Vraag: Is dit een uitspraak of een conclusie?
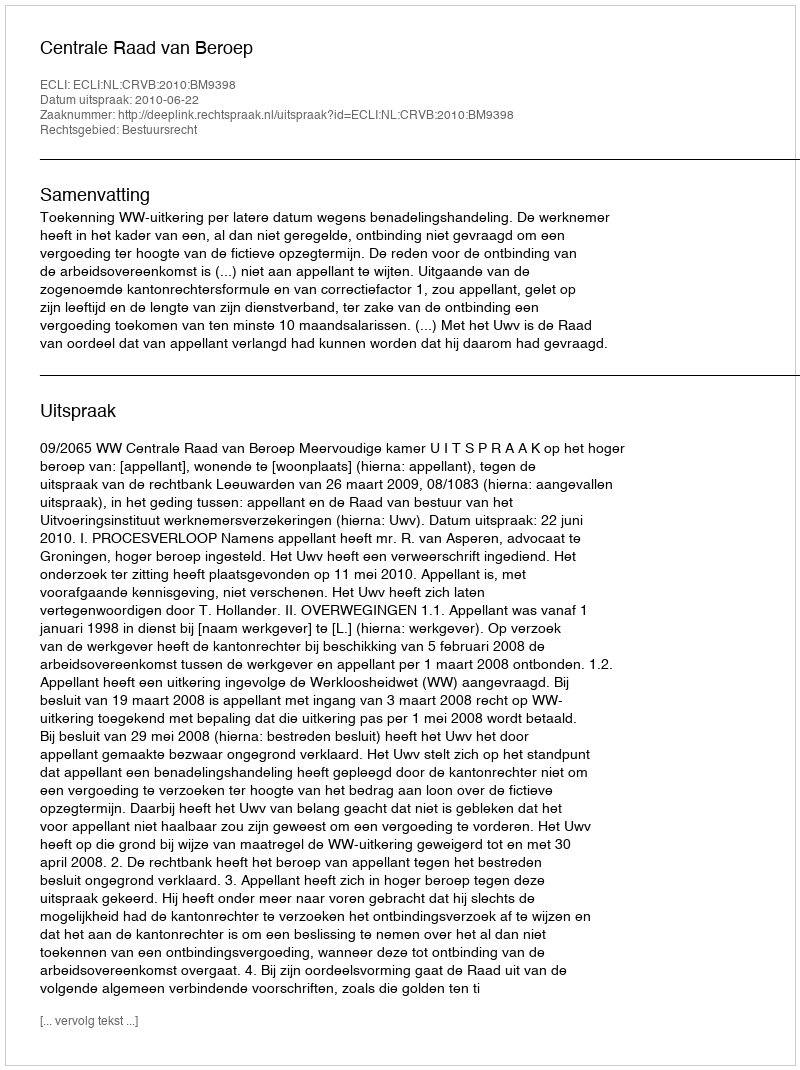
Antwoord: Uitspraak